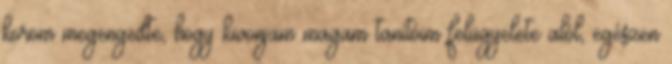
korom megengedte, hogy kivonjam magam tanítóim felügyelete alól, egészen